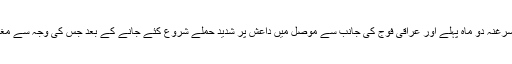
کردستان کے صدر مسعود بارزانی کے دفتر کے سربراہ فؤاد حسین کا کہنا ہے کہ داعش کا سرغنہ دو ماہ پہلے اور عراقی فوج کی جانب سے موصل میں داعش پر شدید حملے شروع کئے جانے کے بعد جس کی وجہ سے مغرب کی طرف جانے والا ایک راستہ کھل گیا تھا، موصل سے فرار ہونے میں کامیاب ہو گیا۔